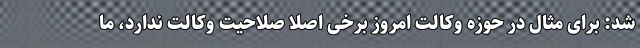
شد: برای مثال در حوزه وکالت امروز برخی اصلا صلاحیت وکالت ندارد، ما